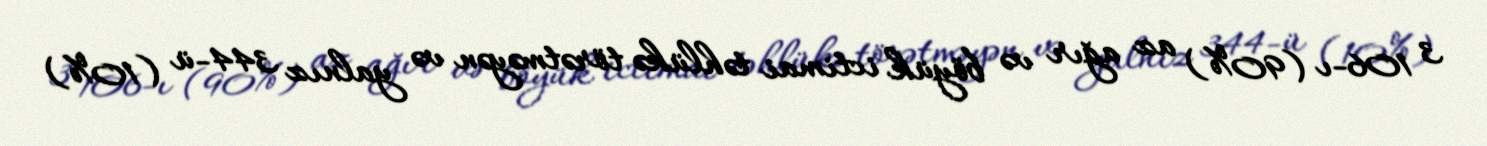
3 106-ı (90%) az ağır və böyük ictimai təhlükə törətməyən və yalnız 344-ü (10%)